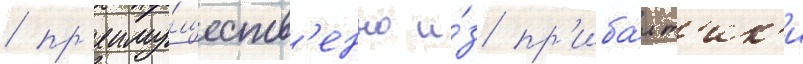
/ пр'еиму́ществ'енно и́з пр'иба́лт'ик'и